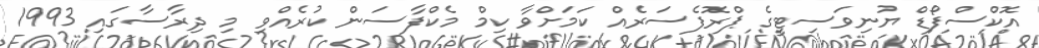
އޮކްސްފޯޑް ޔުނިވަސިޓީގެ ޕްރޮފެސަރެއް ކަމަށްވާ ކިމް މެކްފާސަން ކުރެއްވި މި ދިރާސާގައި 1993